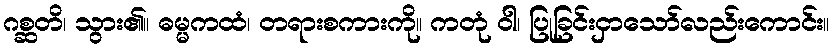
ဂစ္ဆတိ၊ သွား၏။ ဓမ္မကထံ၊ တရားစကားကို။ ကတုံ ဝါ၊ ပြုခြင်းငှာသော်လည်းကောင်း။